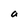
Character: a